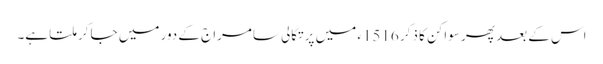
اس کے بعد پھر سواکن کا ذکر 1516ء میں پرتگالی سامراج کے دور میں جا کر ملتا ہے۔